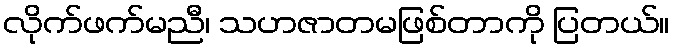
လိုက်ဖက်မညီ၊ သဟဇာတမဖြစ်တာကို ပြတယ်။